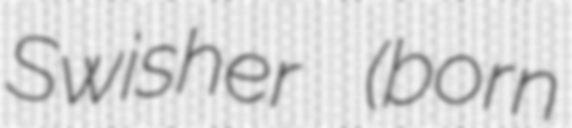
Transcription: Swisher (born